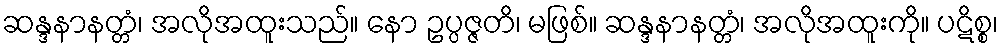
ဆန္ဒနာနတ္တံ၊ အလိုအထူးသည်။ နော ဥပ္ပဇ္ဇတိ၊ မဖြစ်။ ဆန္ဒနာနတ္တံ၊ အလိုအထူးကို။ ပဋိစ္စ၊